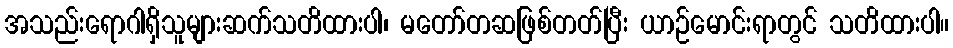
အသည်းရောဂါရှိသူများဆက်သတိထားပါ၊ မတော်တဆဖြစ်တတ်ပြီး ယာဉ်မောင်းရာတွင် သတိထားပါ။